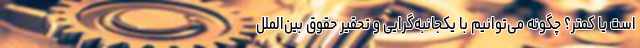
است یا کمتر؟ چگونه می‌توانیم با یکجانبه‌گرایی و تحقیر حقوق بین‌الملل